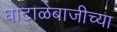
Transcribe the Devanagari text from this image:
घोटाळेबाजीच्या